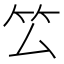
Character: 𥫛